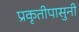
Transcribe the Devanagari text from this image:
प्रकृतीपासुनी